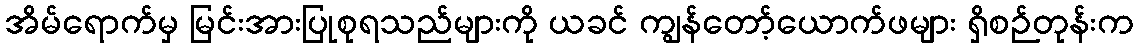
အိမ်ရောက်မှ မြင်းအားပြုစုရသည်များကို ယခင် ကျွန်တော့်ယောက်ဖများ ရှိစဉ်တုန်းက